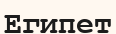
Египет